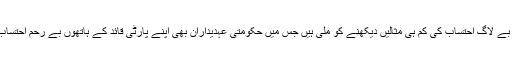
یقیناً ماضی میں ایسے بے لاگ احتساب کی کم ہی مثالیں دیکھنے کو ملی ہیں جس میں حکومتی عہدیداران بھی اپنے پارٹی قائد کے ہاتھوں بے رحم احتساب کی زد میں آئے ہوں۔